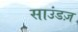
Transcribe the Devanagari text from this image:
साउंडज़